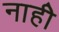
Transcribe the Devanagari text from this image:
नाहीे